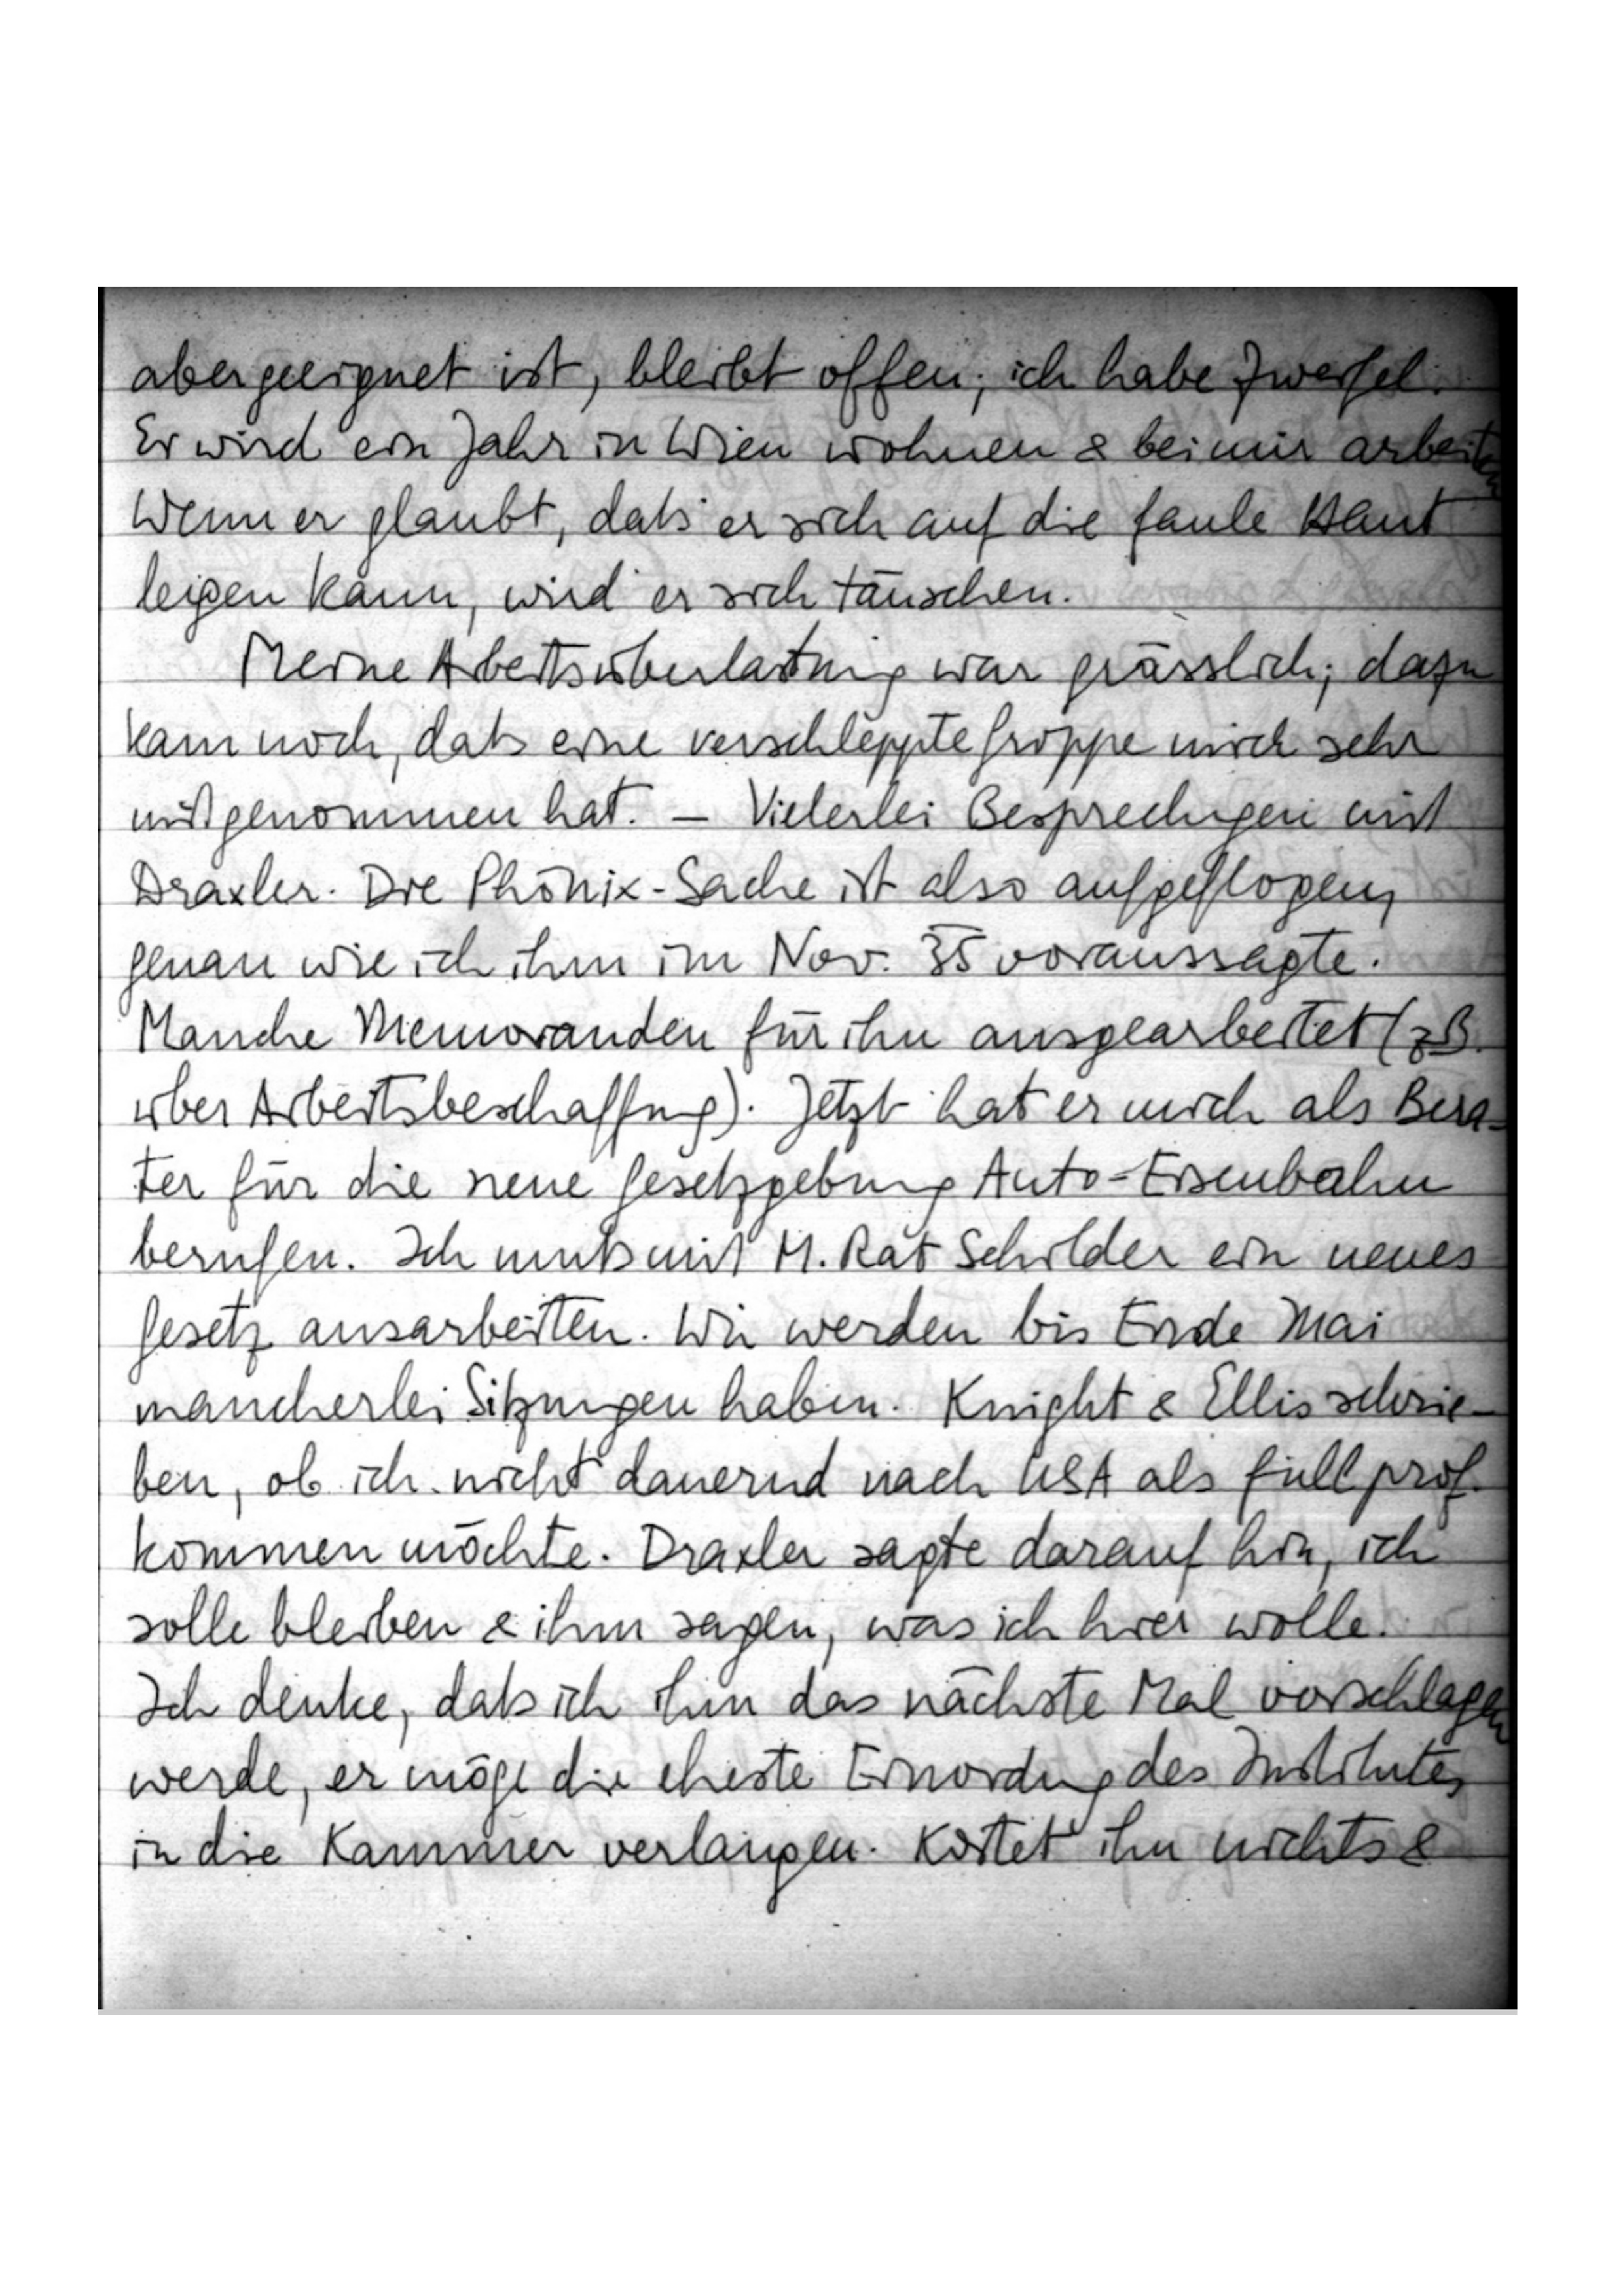
aber geeignet ist, bleibt offen; ich habe Zweifel.
Er wird ein Jahr in Wien wohnen & bei mir arbeiten.
Wenn er glaubt, daß er sich auf die faule Haut
legen kann, wird er sich täuschen.
Meine Arbeitsüberlastung war grässlich; dazu
kam noch, daß eine verschleppte Grippe mich sehr
mitgenommen hat. – Vielerlei Besprechungen mit
Draxler. Die Phönix-Sache ist also aufgeflogen,
genau wie ich ihm im Nov. 35 voraussagte.
Manche Memoranden für ihn ausgearbeitet (z. B.
über Arbeitsbeschaffung). Jetzt hat er mich als Bera-
ter für die neue Gesetzgebung Auto-Eisenbahn
berufen. Ich muß mit M.Rat Schilder ein neues
Gesetz ausarbeiten. Wir werden bis Ende Mai
mancherlei Sitzungen haben. Knight & Ellis schrie
ben, ob ich nicht dauernd nach USA als full.prof.
kommen möchte. Draxler sagte darauf hin, ich
solle bleiben & ihm sagen, was ich hier wolle.
Ich denke, daß ich ihm das nächste Mal vorschlagen
werde, er möge die eheste Einordnung des Institutes
in die Kammer verlangen. Kostet ihn nichts &